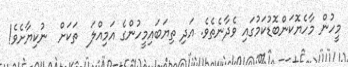
މީހުން މާހެޔޮކަންބޮޑުކަމުގައި ވެދާނެތެވެ. އަދި ތިޔަބައިމީހުންގެ އަމިއްލަ  ތަކަށް  ނުކިޔާށެވެ!